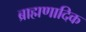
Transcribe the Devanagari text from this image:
ब्राह्मणादिक